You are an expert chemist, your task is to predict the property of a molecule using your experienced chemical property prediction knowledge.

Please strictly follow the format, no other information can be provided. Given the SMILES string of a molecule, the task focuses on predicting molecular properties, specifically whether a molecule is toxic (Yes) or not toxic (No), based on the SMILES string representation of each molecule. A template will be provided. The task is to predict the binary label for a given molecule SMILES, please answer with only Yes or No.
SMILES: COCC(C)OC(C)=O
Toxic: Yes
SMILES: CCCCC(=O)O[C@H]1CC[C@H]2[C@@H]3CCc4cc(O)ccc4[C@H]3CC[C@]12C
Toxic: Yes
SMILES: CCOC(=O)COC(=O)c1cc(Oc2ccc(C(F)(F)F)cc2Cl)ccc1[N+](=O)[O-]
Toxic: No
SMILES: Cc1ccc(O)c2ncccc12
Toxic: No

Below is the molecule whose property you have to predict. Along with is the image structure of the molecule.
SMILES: Clc1ccc2c(c1)C(c1ccccc1)=NCc1nncn1-2
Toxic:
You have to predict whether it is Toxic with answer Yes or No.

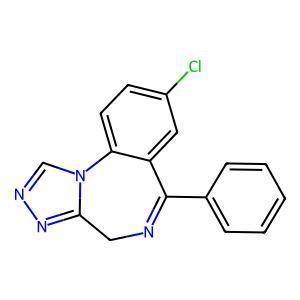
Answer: No